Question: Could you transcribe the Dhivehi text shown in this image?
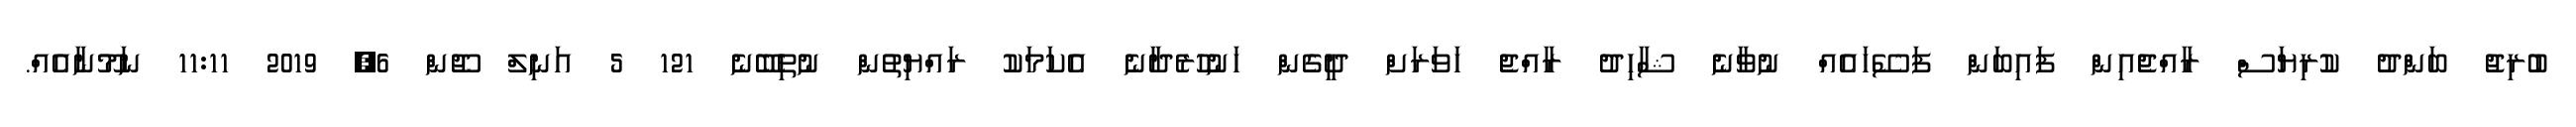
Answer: ބުރިޖު ބަންދު ކުރިޔަސް ރާއްޖެއިން ފައިބަން ފަސޭހައެއް ނުވާނެ ޝާހިދު ރާއްޖެ ހަވަރަށް ދީގެން ހަނުހުރެދާނެ އެކަމަކު ރައްޔިތުން ނުތިބޭނެ 121 5 އަނިލް ޖޫން 6, 2019 11:11 ނަމޫނާއެއް.